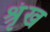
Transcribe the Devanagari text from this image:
श्रृंख